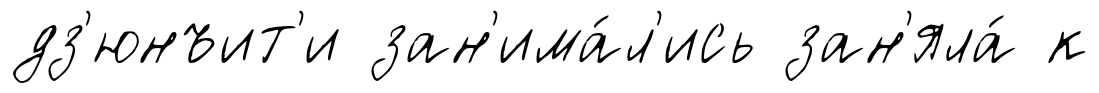
дз'юнъит'и зан'има́л'ись зан'яла́ к